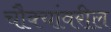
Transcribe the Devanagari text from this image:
चौक्यांवरील